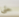
حتى